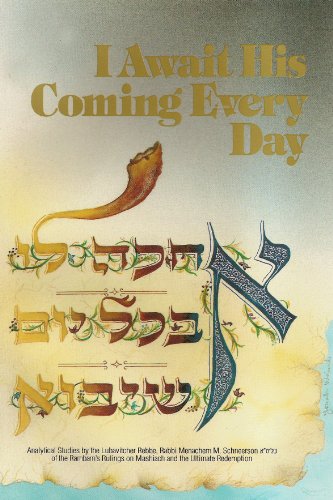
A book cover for I Await His Coming Every Day; Rabbi Menachem M. Schneerson; Religion & Spirituality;